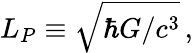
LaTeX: L_{P}\equiv\sqrt{\hbar G/c^{3}}\, ,